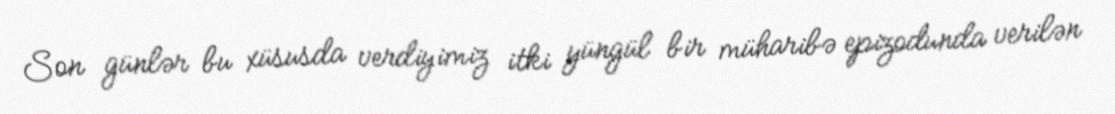
Son günlər bu xüsusda verdiyimiz itki yüngül bir müharibə epizodunda verilən